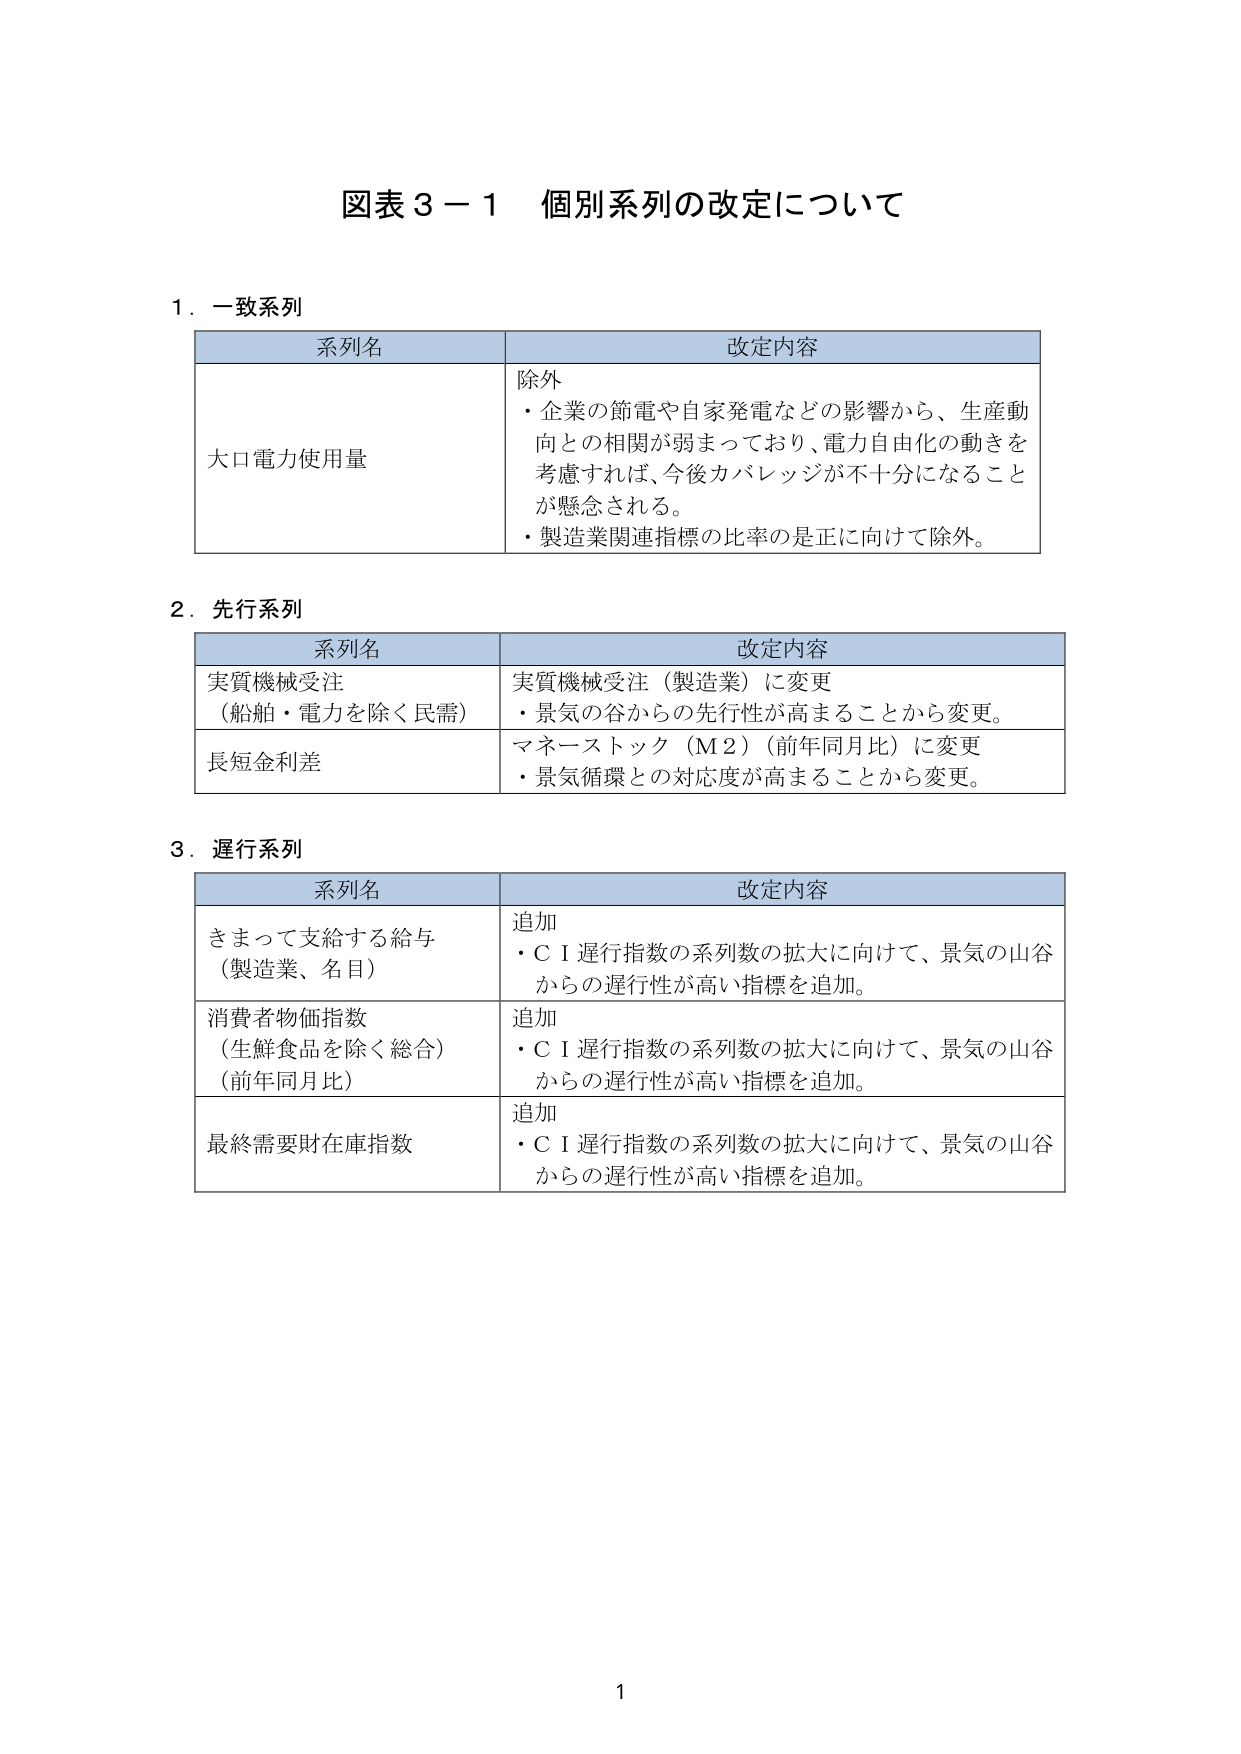
図表３－１ 個別系列の改定について

１．一致系列

系列名　　　　　　　　　　　　　　　　　改定内容
大口電力使用量　　　　　　　　　　　除外
・企業の節電や自家発電などの影響から、生産動向との相関が弱まっており、電力自由化の動きを考慮すれば、今後カバレッジが不十分になることが懸念される。
・製造業関連指標の比率の是正に向けて除外。

２．先行系列

系列名　　　　　　　　　　　　　　　　　改定内容
実質機械受注　　　　　　　　　　　実質機械受注（製造業）に変更
（船舶・電力を除く民需）　　　　・景気の谷からの先行性が高まることから変更。
長短金利差　　　　　　　　　　　　マネーストック（Ｍ２）（前年同月比）に変更
・景気循環との対応度が高まることから変更。

３．遅行系列

系列名　　　　　　　　　　　　　　　　　改定内容
きまって支給する給与　　　　　　追加
（製造業、名目）　　　　　　　　・ＣＩ遅行指数の系列数の拡大に向けて、景気の山谷からの遅行性が高い指標を追加。
消費者物価指数　　　　　　　　　追加
（生鮮食品を除く総合）　　　　・ＣＩ遅行指数の系列数の拡大に向けて、景気の山谷からの遅行性が高い指標を追加。
（前年同月比）
最終需要財在庫指数　　　　　　追加
・ＣＩ遅行指数の系列数の拡大に向けて、景気の山谷からの遅行性が高い指標を追加。

1